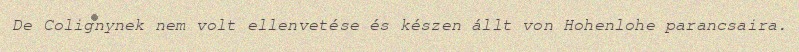
De Colignynek nem volt ellenvetése és készen állt von Hohenlohe parancsaira.